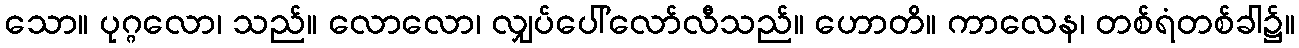
သော။ ပုဂ္ဂလော၊ သည်။ လောလော၊ လျှပ်ပေါ်လော်လီသည်။ ဟောတိ။ ကာလေန၊ တစ်ရံတစ်ခါ၌။